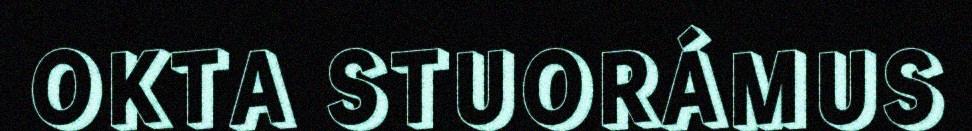
OKTA STUORÁMUS